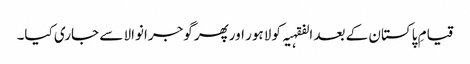
قیامِ پاکستان کے بعد الفقہیہ کو لاہور اورپھر گوجرانوالا سے جاری کیا۔